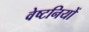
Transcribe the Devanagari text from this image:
वेष्टनियों